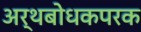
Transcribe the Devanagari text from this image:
अर्थबोधकपरक